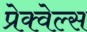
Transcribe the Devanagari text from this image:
प्रेक्वेल्स